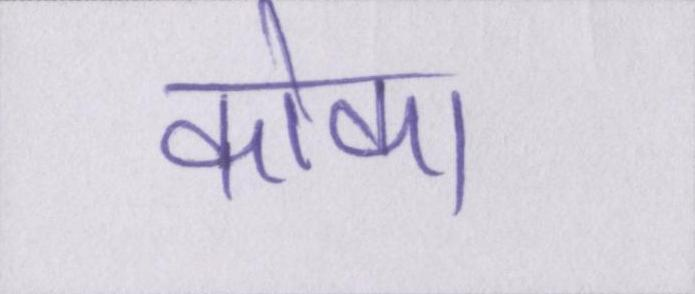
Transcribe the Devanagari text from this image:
कोका